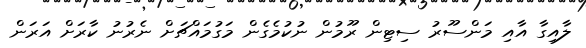
ލާއިގާ އާއި މަންސޫރު ސިޓިން ރޫމުން ނުކުމެގެން މަގުމައްޗަށް ނެރުނު ކާރަށް އަރަން